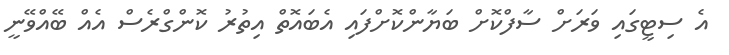
އެ ސިޓީގައި ވަރަށް ސާފްކޮށް ބަޔާންކޮށްފައި އެބައޮތް އިތުރު ކޮންގްރެސް އެއް ބޭއްވޭނީ